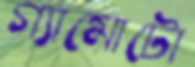
গ্যামোটো